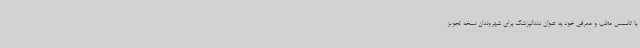
با تاسیس مطب و معرفی خود به عنوان دندانپزشک برای شهروندان نسخه تجویز